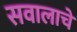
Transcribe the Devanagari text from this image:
सवालाचे